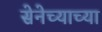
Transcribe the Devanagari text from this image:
सेनेच्याच्या